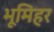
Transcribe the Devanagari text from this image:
भूमिहर